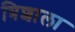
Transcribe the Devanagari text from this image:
त्रिशाला